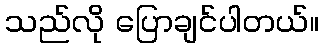
သည်လို ပြောချင်ပါတယ်။